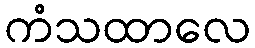
ကံသထာလေ